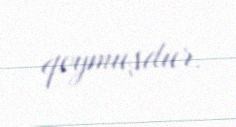
qoymuşdur.